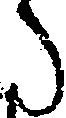
た